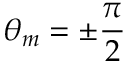
\theta _ { m } = \pm \frac { \pi } { 2 }